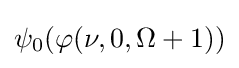
\psi _{0}(\varphi (\nu ,0,\Omega +1))